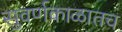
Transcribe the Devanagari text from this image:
सुवर्णकाळातच